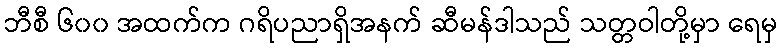
ဘီစီ ၆၀၀ အထက်က ဂရိပညာရှိအနက် ဆီမန်ဒါသည် သတ္တဝါတို့မှာ ရေမှ